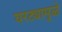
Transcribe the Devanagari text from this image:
घरट्यामुळे